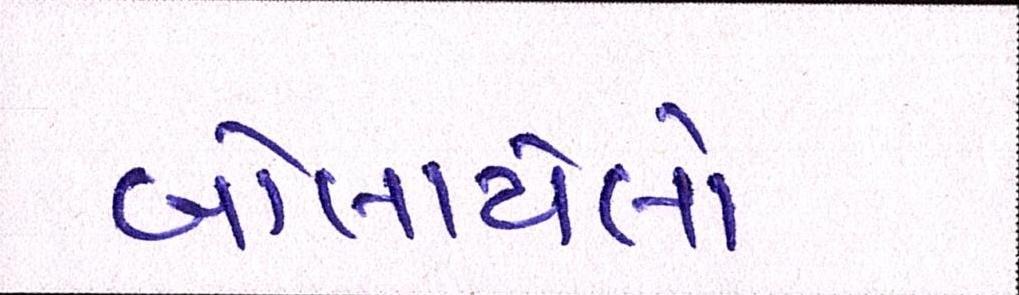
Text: બોલાયેલો